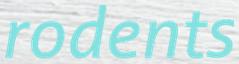
rodents